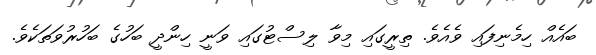
ބައެއް ހިމެނިފައި ވެއެވެ. ތިރީގައި މިވާ ލިސްޓުގައި ވަނީ ހިންދީ ބަހުގެ ބަހުރުވަތަކެވެ.